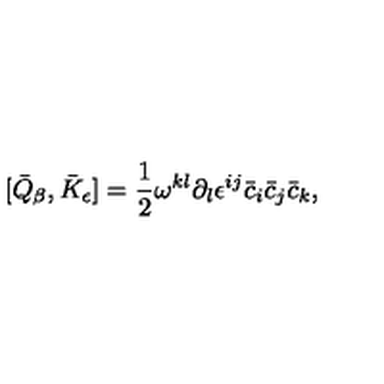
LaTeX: [ \bar { Q } _ { \beta } , \bar { K } _ { \epsilon } ] = \frac { 1 } { 2 } \omega ^ { k l } \partial _ { l } \epsilon ^ { i j } \bar { c } _ { i } \bar { c } _ { j } \bar { c } _ { k } ,